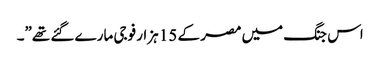
اس جنگ میں مصر کے 15 ہزار فوجی مارے گئے تھے”۔